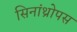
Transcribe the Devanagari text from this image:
सिनांथ्रोपस